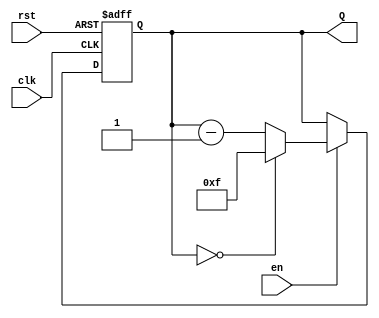
module binary_down_counter #(
    parameter n = 4 // Parameter to define the bit width of the counter
)(
    input wire clk,   // Clock signal
    input wire rst,   // Asynchronous reset signal
    input wire en,    // Enable signal
    output reg [n-1:0] Q // n-bit wide output for the counter
);

// Maximum value based on the bit width
localparam MAX_VALUE = (1 << n) - 1;

always @(posedge clk or posedge rst) begin
    if (rst) begin
        // Asynchronous reset: set counter to maximum value
        Q <= MAX_VALUE;
    end else if (en) begin
        // Enable is high: decrement the counter
        if (Q == 0) begin
            Q <= MAX_VALUE; // Roll over to maximum value
        end else begin
            Q <= Q - 1; // Decrement the counter
        end
    end
    // If enable is low, Q remains unchanged
end

endmodule